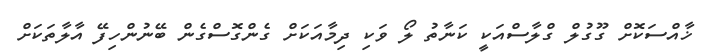
ޚާއްސަކޮށް ގޫގުލް ގްލާސްއަކީ ކަނާތު ލޯ ވަކި ދިމާއަކަށް ގެންގޮސްގެން ބޭނުންހިފޭ އާލާތަކަށް